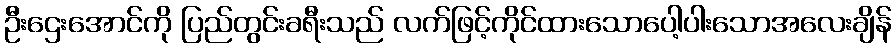
ဦးဌေးအောင်ကို ပြည်တွင်းခရီးသည် လက်ဖြင့်ကိုင်ထားသောပေါ့ပါးသောအလေးချိန်